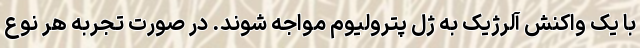
با یک واکنش آلرژیک به ژل پترولیوم مواجه شوند. در صورت تجربه هر نوع